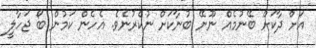
އަށް ދާކަށް ބޭނުމެއް ނޫނޭ ބުނާކަށް ނުކެރުނެވެ. އެހެން ކަމުން ބޯ ޖަހާލީ